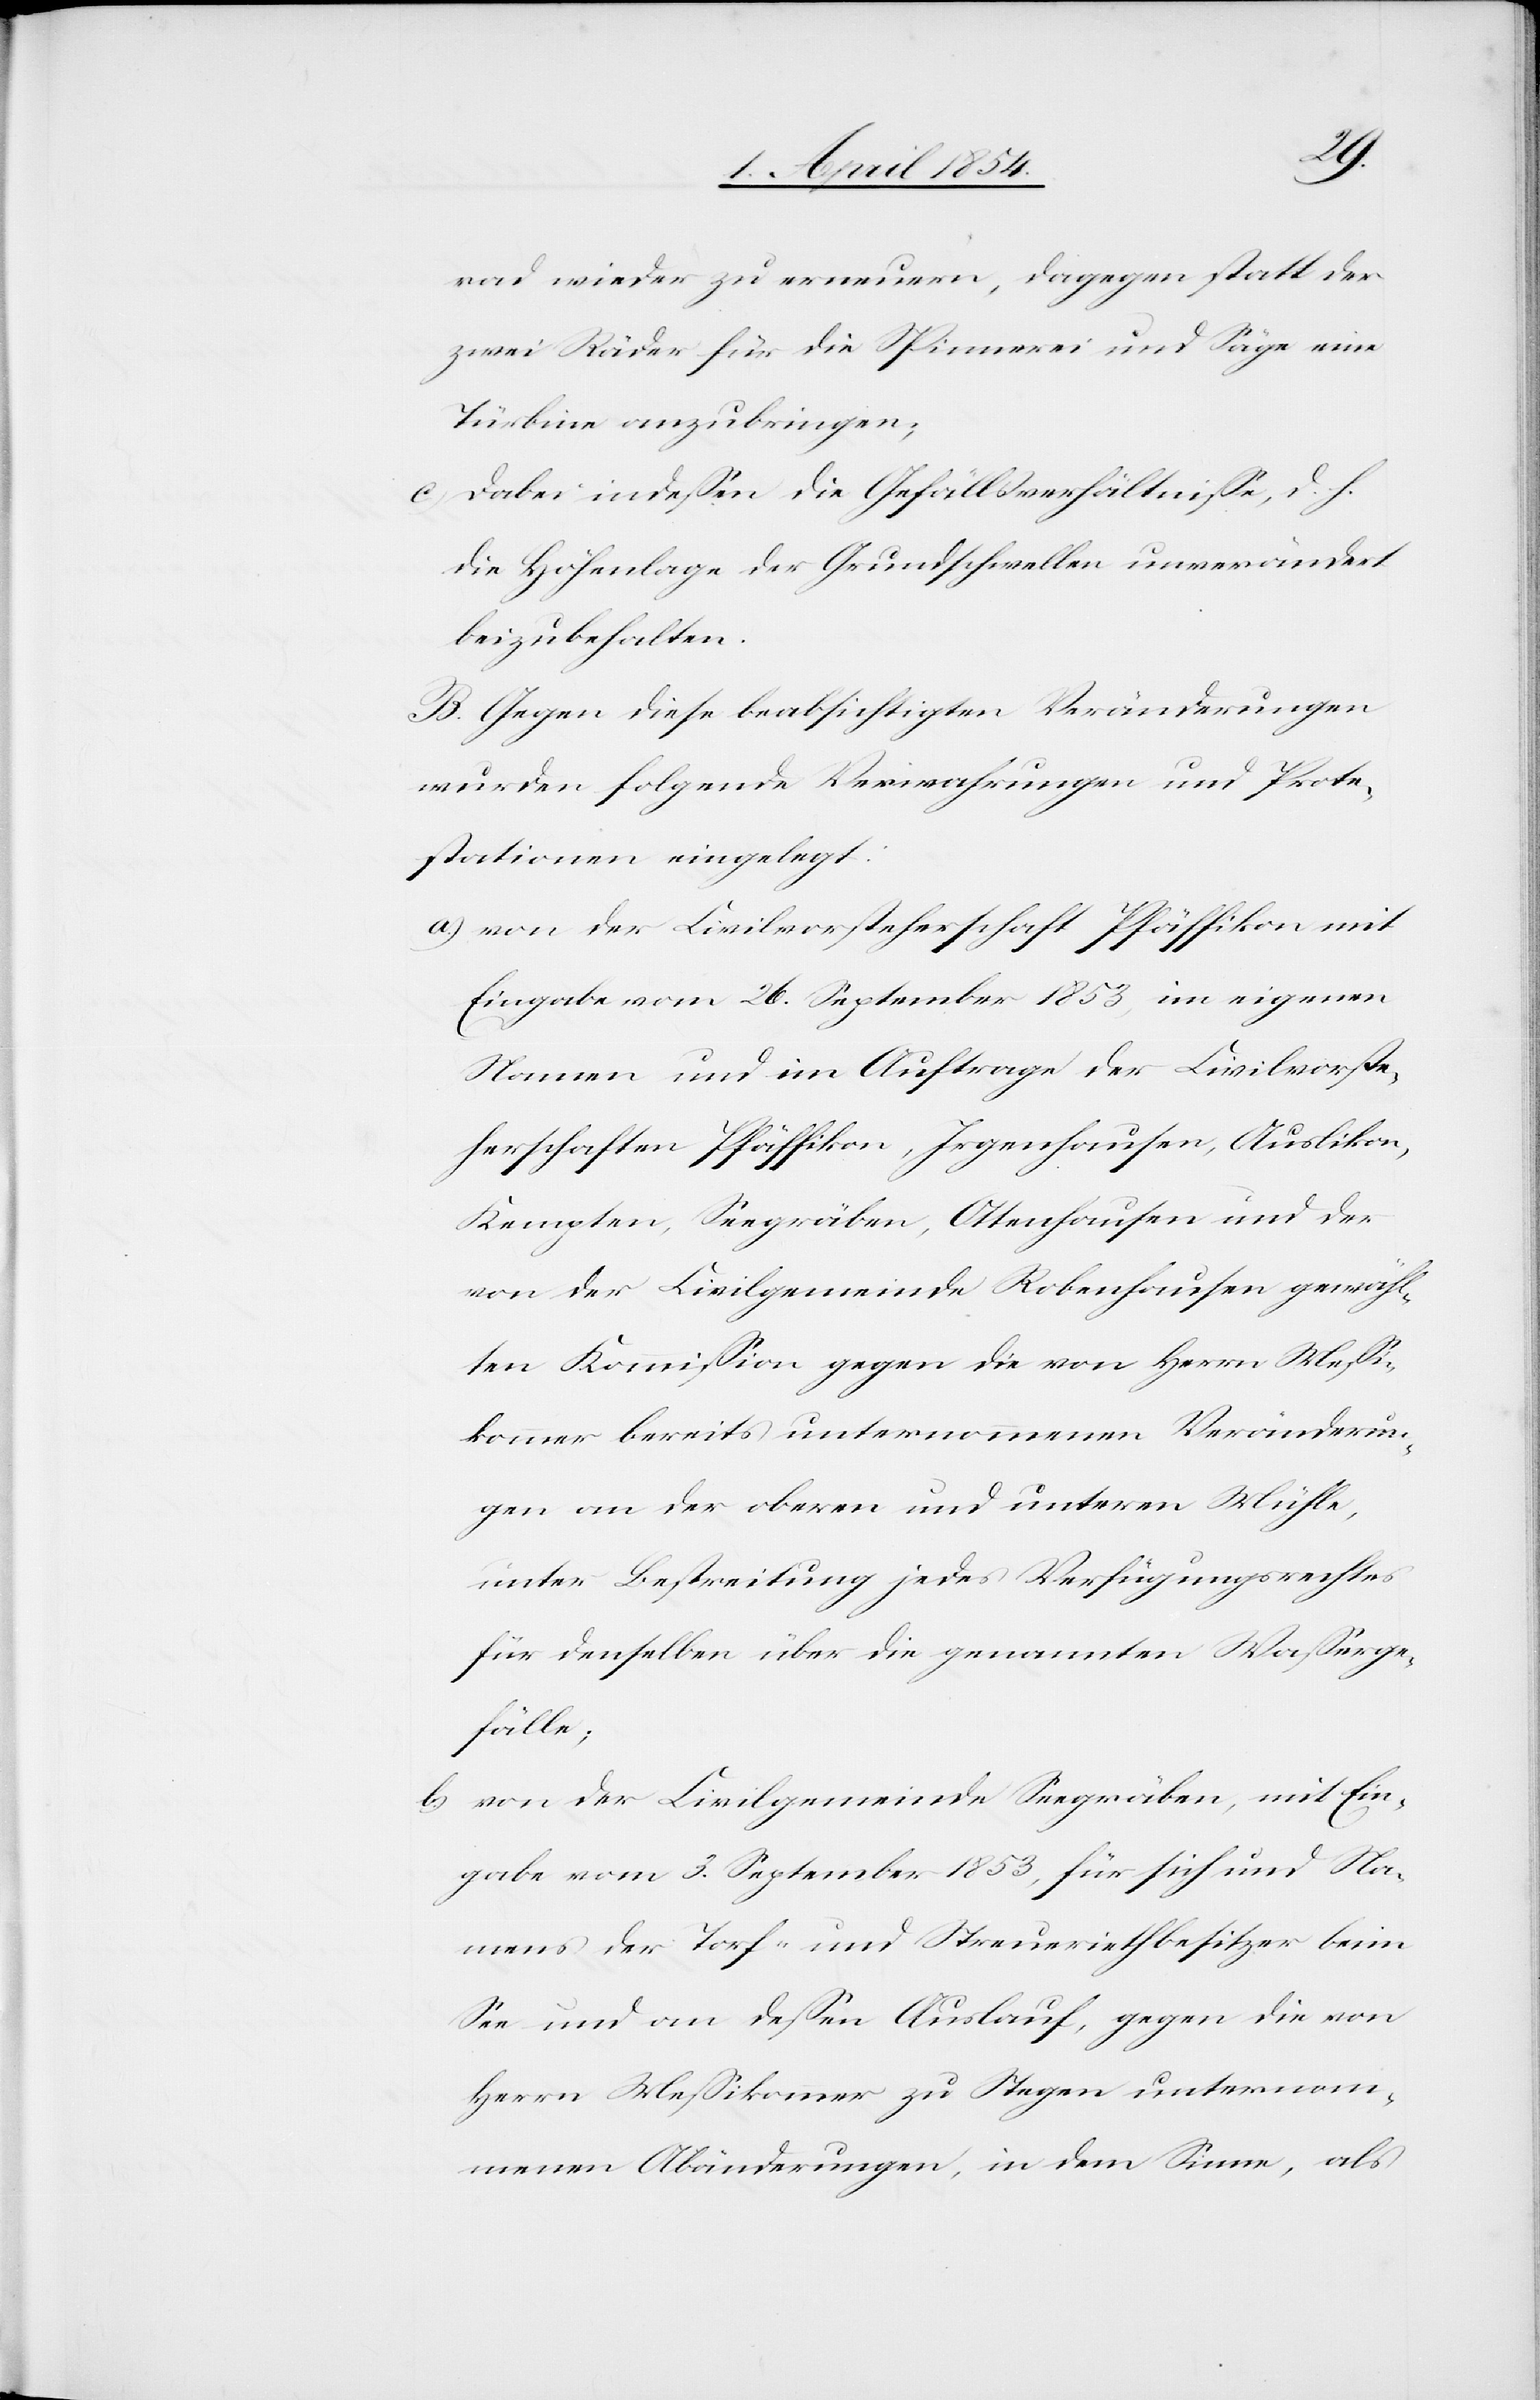
rad wieder zu erneuern, dagegen statt der
zwei Räder für die Spinnerei und Säge eine
Türbine anzubringen;
c) Dabei indeßen die Gefällsverhältniße, d. h.
die Höhenlage der Grundschwellen unverändert
beizubehalten.
B. Gegen diese beabsichtigten Veränderungen
wurden folgende Verwahrungen und Prote¬
stationen eingelegt:
a.) von der Civilvorsteherschaft Pfäffikon mit
Eingabe vom 26. September 1853, im eigenen
Namen und im Auftrage der Civilvorste¬
herschaften Pfäffikon, Irgenhausen, Auslikon,
Kempten, Seegräben, Ottenhausen und der
von der Civilgemeinde Robenhausen gewähl¬
ten Kommißion gegen die von Herrn Meßi¬
kommer bereits unternommenen Veränderun¬
gen an der oberen und unteren Mühle,
unter Bestreitung jedes Verfügungsrechtes
für denselben über die genannten Waßerge¬
fälle;
b.) von der Civilgemeinde Seegräben, mit Ein¬
gabe vom 3. September 1853, für sich und Na¬
mens der Torf- und Streueriethbesitzer beim
See und an deßen Auslauf, gegen die von
Herrn Meßikommer zu Stegen unternom¬
menen Abänderungen, in dem Sinne, als